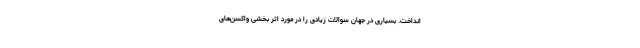
انداخت. بسیاری در جهان سوالات زیادی را در مورد اثر بخشی واکسن‌های